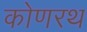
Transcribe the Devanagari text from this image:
कोणरथ